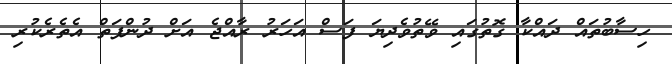
ހިސާބުތައް ދައްކާ ގޮތުގައި ވޭތުވެދިޔަ ފަސް އަހަރު ރާއްޖެ އަށް ދުންފަތް އެތެރެކުރި